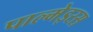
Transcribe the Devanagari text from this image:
पाल्मेइरस